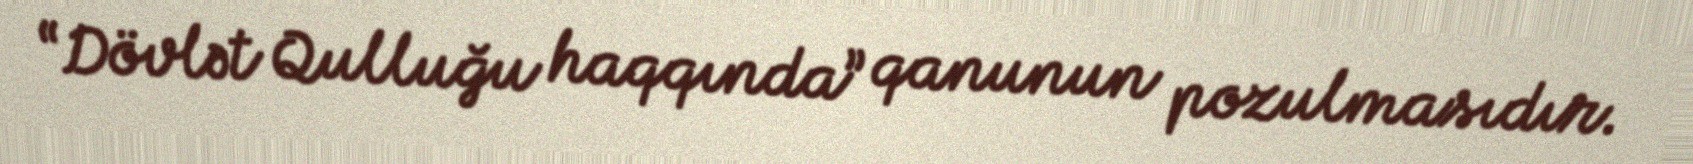
“Dövlət Qulluğu haqqında” qanunun pozulmasıdır.